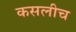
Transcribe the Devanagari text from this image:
कसलीच